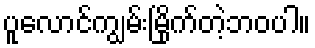
ပူလောင်ကျွမ်းမြိုက်တဲ့ဘဝပါ။